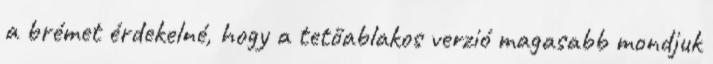
a brémet érdekelné, hogy a tetőablakos verzió magasabb mondjuk